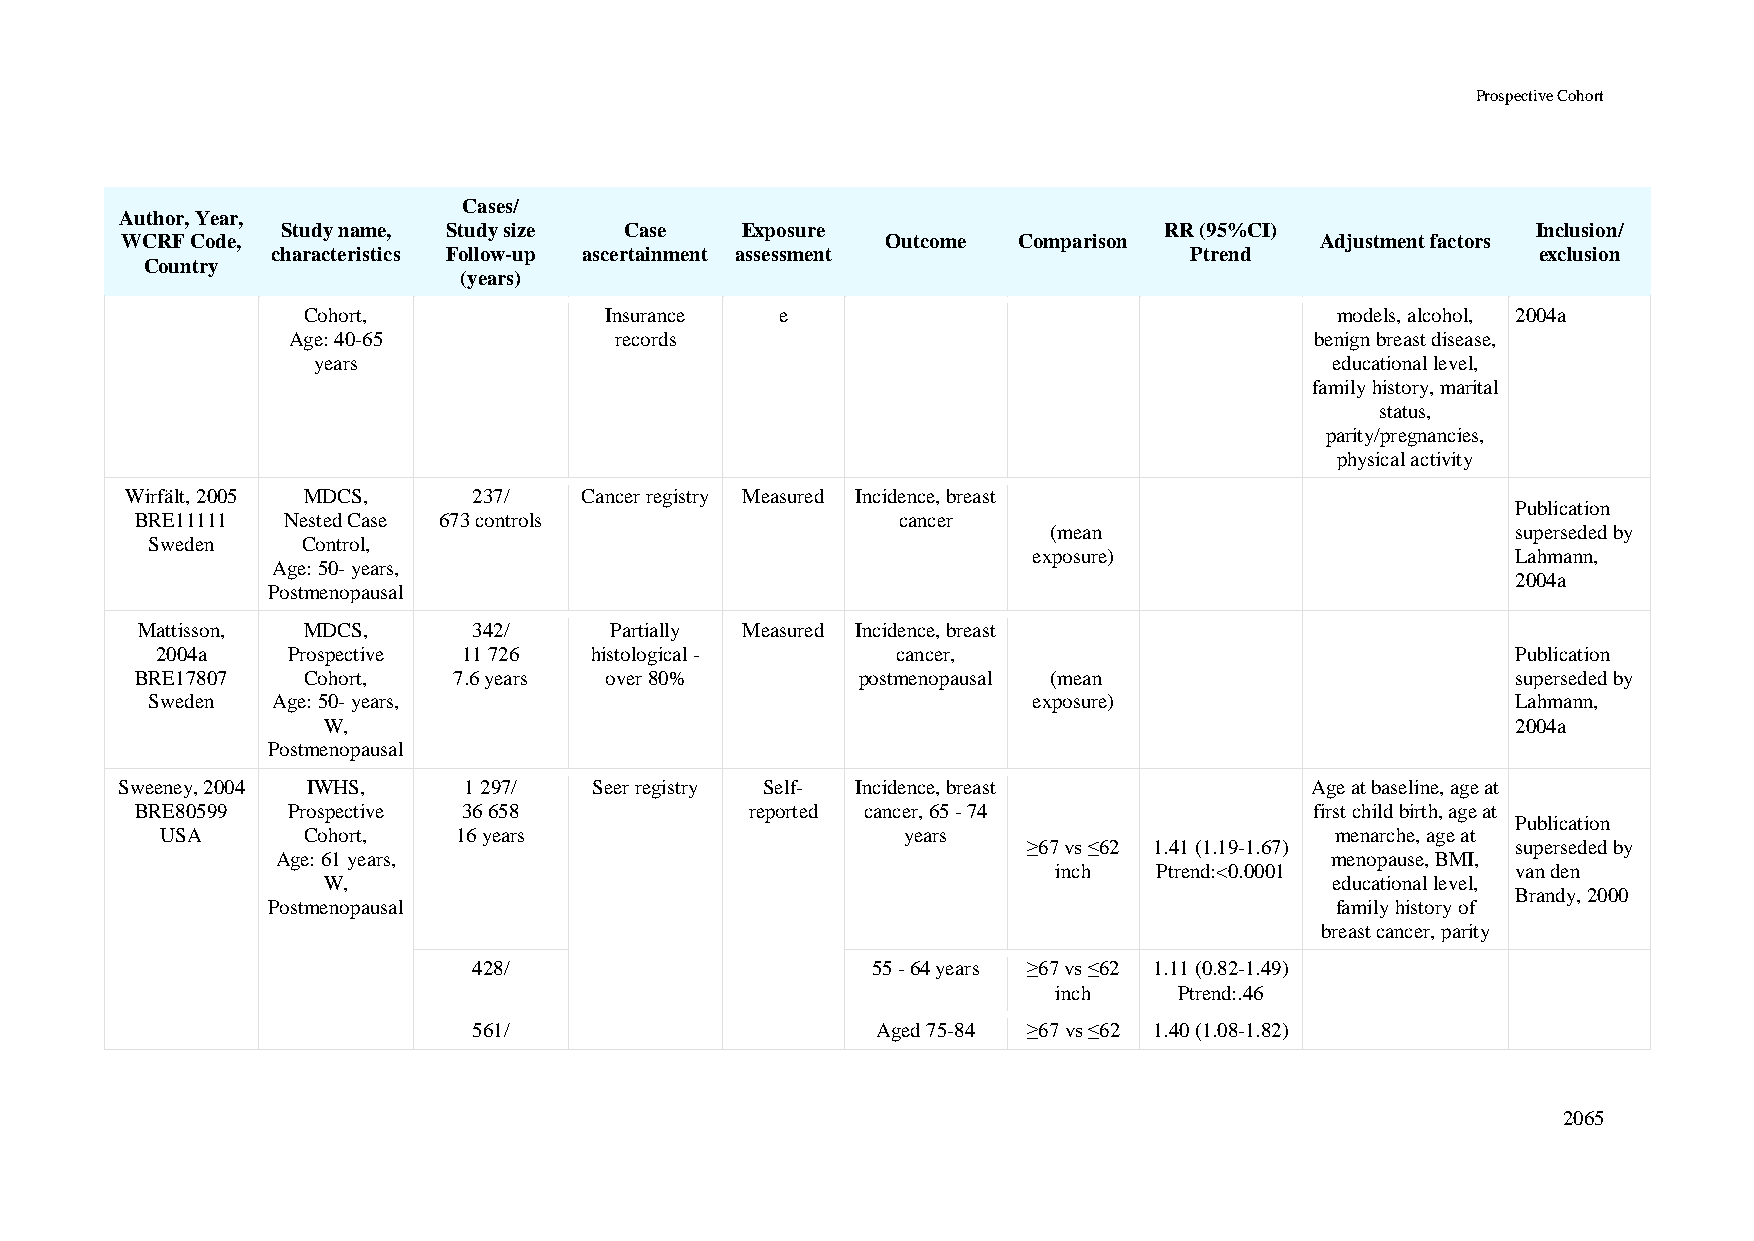
Prospective Cohort
 Cases/
 Author, Year,
 Study name, Study size Case   Exposure                    RR (95%CI)               Inclusion/
 WCRF Code,                                         Outcome Comparison          Adjustment factors
 characteristics Follow-up ascertainment assessment           Ptrend                 exclusion
 Country
 (years)
 Cohort,             Insurance   e                                   models, alcohol, 2004a
 Age: 40-65            records                                       benign breast disease,
 years                                                              educational level,
 family history, marital
 status,
 parity/pregnancies,
 physical activity
 Wirfält, 2005 MDCS,    237/   Cancer registry Measured Incidence, breast
 Publication
 BRE11111  Nested Case 673 controls                cancer
 (mean                         superseded by
 Sweden    Control,
 exposure)                       Lahmann,
 Age: 50- years,
 2004a
 Postmenopausal
 Mattisson, MDCS,      342/     Partially Measured Incidence, breast
 2004a    Prospective 11 726  histological -      cancer,                                  Publication
 BRE17807   Cohort,   7.6 years over 80%         postmenopausal (mean                       superseded by
 Sweden  Age: 50- years,                                   exposure)                       Lahmann,
 W,                                                                             2004a
 Postmenopausal
 Sweeney, 2004 IWHS,    1 297/  Seer registry Self- Incidence, breast           Age at baseline, age at
 BRE80599  Prospective 36 658             reported cancer, 65 - 74             first child birth, age at
 Publication
 USA      Cohort,   16 years                      years                       menarche, age at
 ≥67 vs ≤62 1.41 (1.19-1.67)     superseded by
 Age: 61 years,                                                        menopause, BMI,
 inch   Ptrend:<0.0001         van den
 W,                                                                 educational level,
 Brandy, 2000
 Postmenopausal                                                        family history of
 breast cancer, parity
 428/                       55 - 64 years ≥67 vs ≤62 1.11 (0.82-1.49)
 inch    Ptrend:.46
 561/                       Aged 75-84 ≥67 vs ≤62 1.40 (1.08-1.82)
 2065